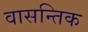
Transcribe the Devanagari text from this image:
वासन्तिक